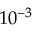
1 0 ^ { - 3 }